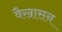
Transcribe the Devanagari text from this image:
वैखासन